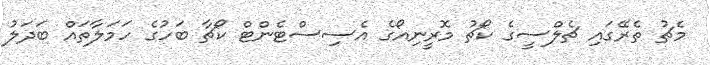
މެޗު ތެރޭގައި ޗެލްސީގެ ކޯޗު މޮރީނިއޯގެ އެސިސްޓެންޓް ކޯޗާ ބަހުގެ ހަމަލާތައް ބަދަލު